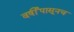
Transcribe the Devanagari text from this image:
वर्षीपासूनच